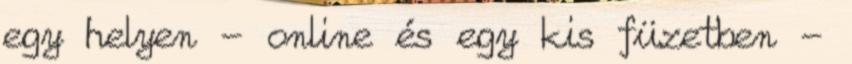
egy helyen - online és egy kis füzetben -